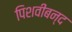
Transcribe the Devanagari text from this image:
पिशवीबन्द